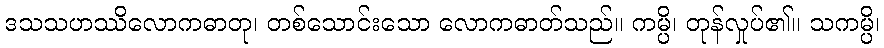
ဒသသဟဿိလောကဓာတု၊ တစ်သောင်းသော လောကဓာတ်သည်။ ကမ္ပိ၊ တုန်လှုပ်၏။ သကမ္ပိ၊